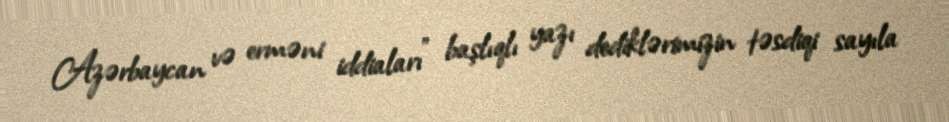
Azərbaycan və erməni iddiaları” başlıqlı yazı dediklərimizin təsdiqi sayıla